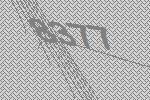
8377